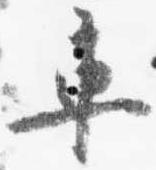
車